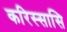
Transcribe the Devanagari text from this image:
करिस्सासि